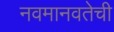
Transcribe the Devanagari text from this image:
नवमानवतेची